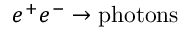
e ^ { + } e ^ { - } \to \mathrm { p h o t o n s }